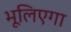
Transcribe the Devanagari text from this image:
भूलिएगा